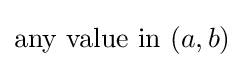
{\text{any value in }}(a,b)